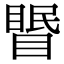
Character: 𥉦